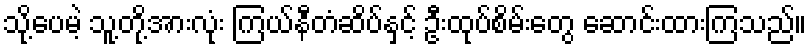
သို့ပေမဲ့ သူ့တို့အားလုံး ကြယ်နီတံဆိပ်နှင့် ဦးထုပ်စိမ်းတွေ ဆောင်းထားကြသည်။